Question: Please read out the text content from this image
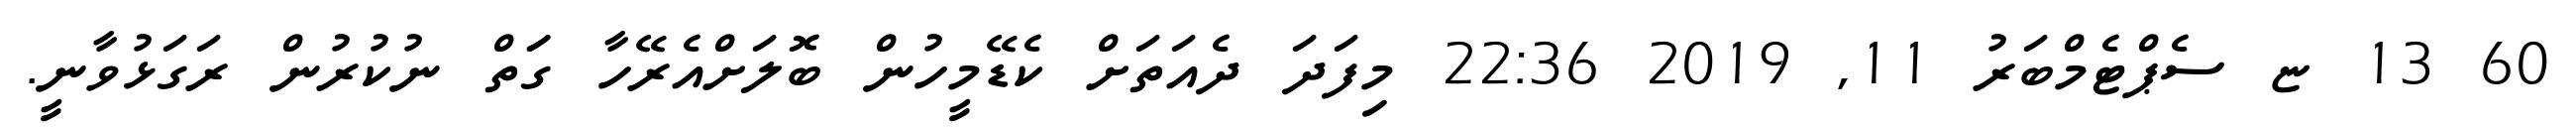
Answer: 60 13 ޏ ސެޕްޓެމްބަރު 11, 2019 22:36 މިފަދަ ދެއަތަށް ކެޑޭމީހުން ބޮލަށްއެރޭހާ ގަަތް ނުކުރުން ރަގަޅުވާނީ.